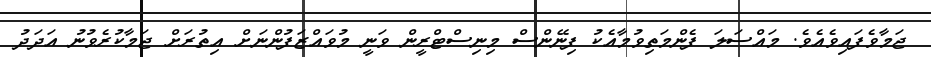
ޖަމާވެފައިވެއެވެ. މައްސަލަ ފެންމަތިވުމާއެކު ފިނޭންސް މިނިސްޓްރީން ވަނީ މުވައްޒަފުންނަށް އިތުރަށް ޖަމާކުރެވުނު އަދަދު